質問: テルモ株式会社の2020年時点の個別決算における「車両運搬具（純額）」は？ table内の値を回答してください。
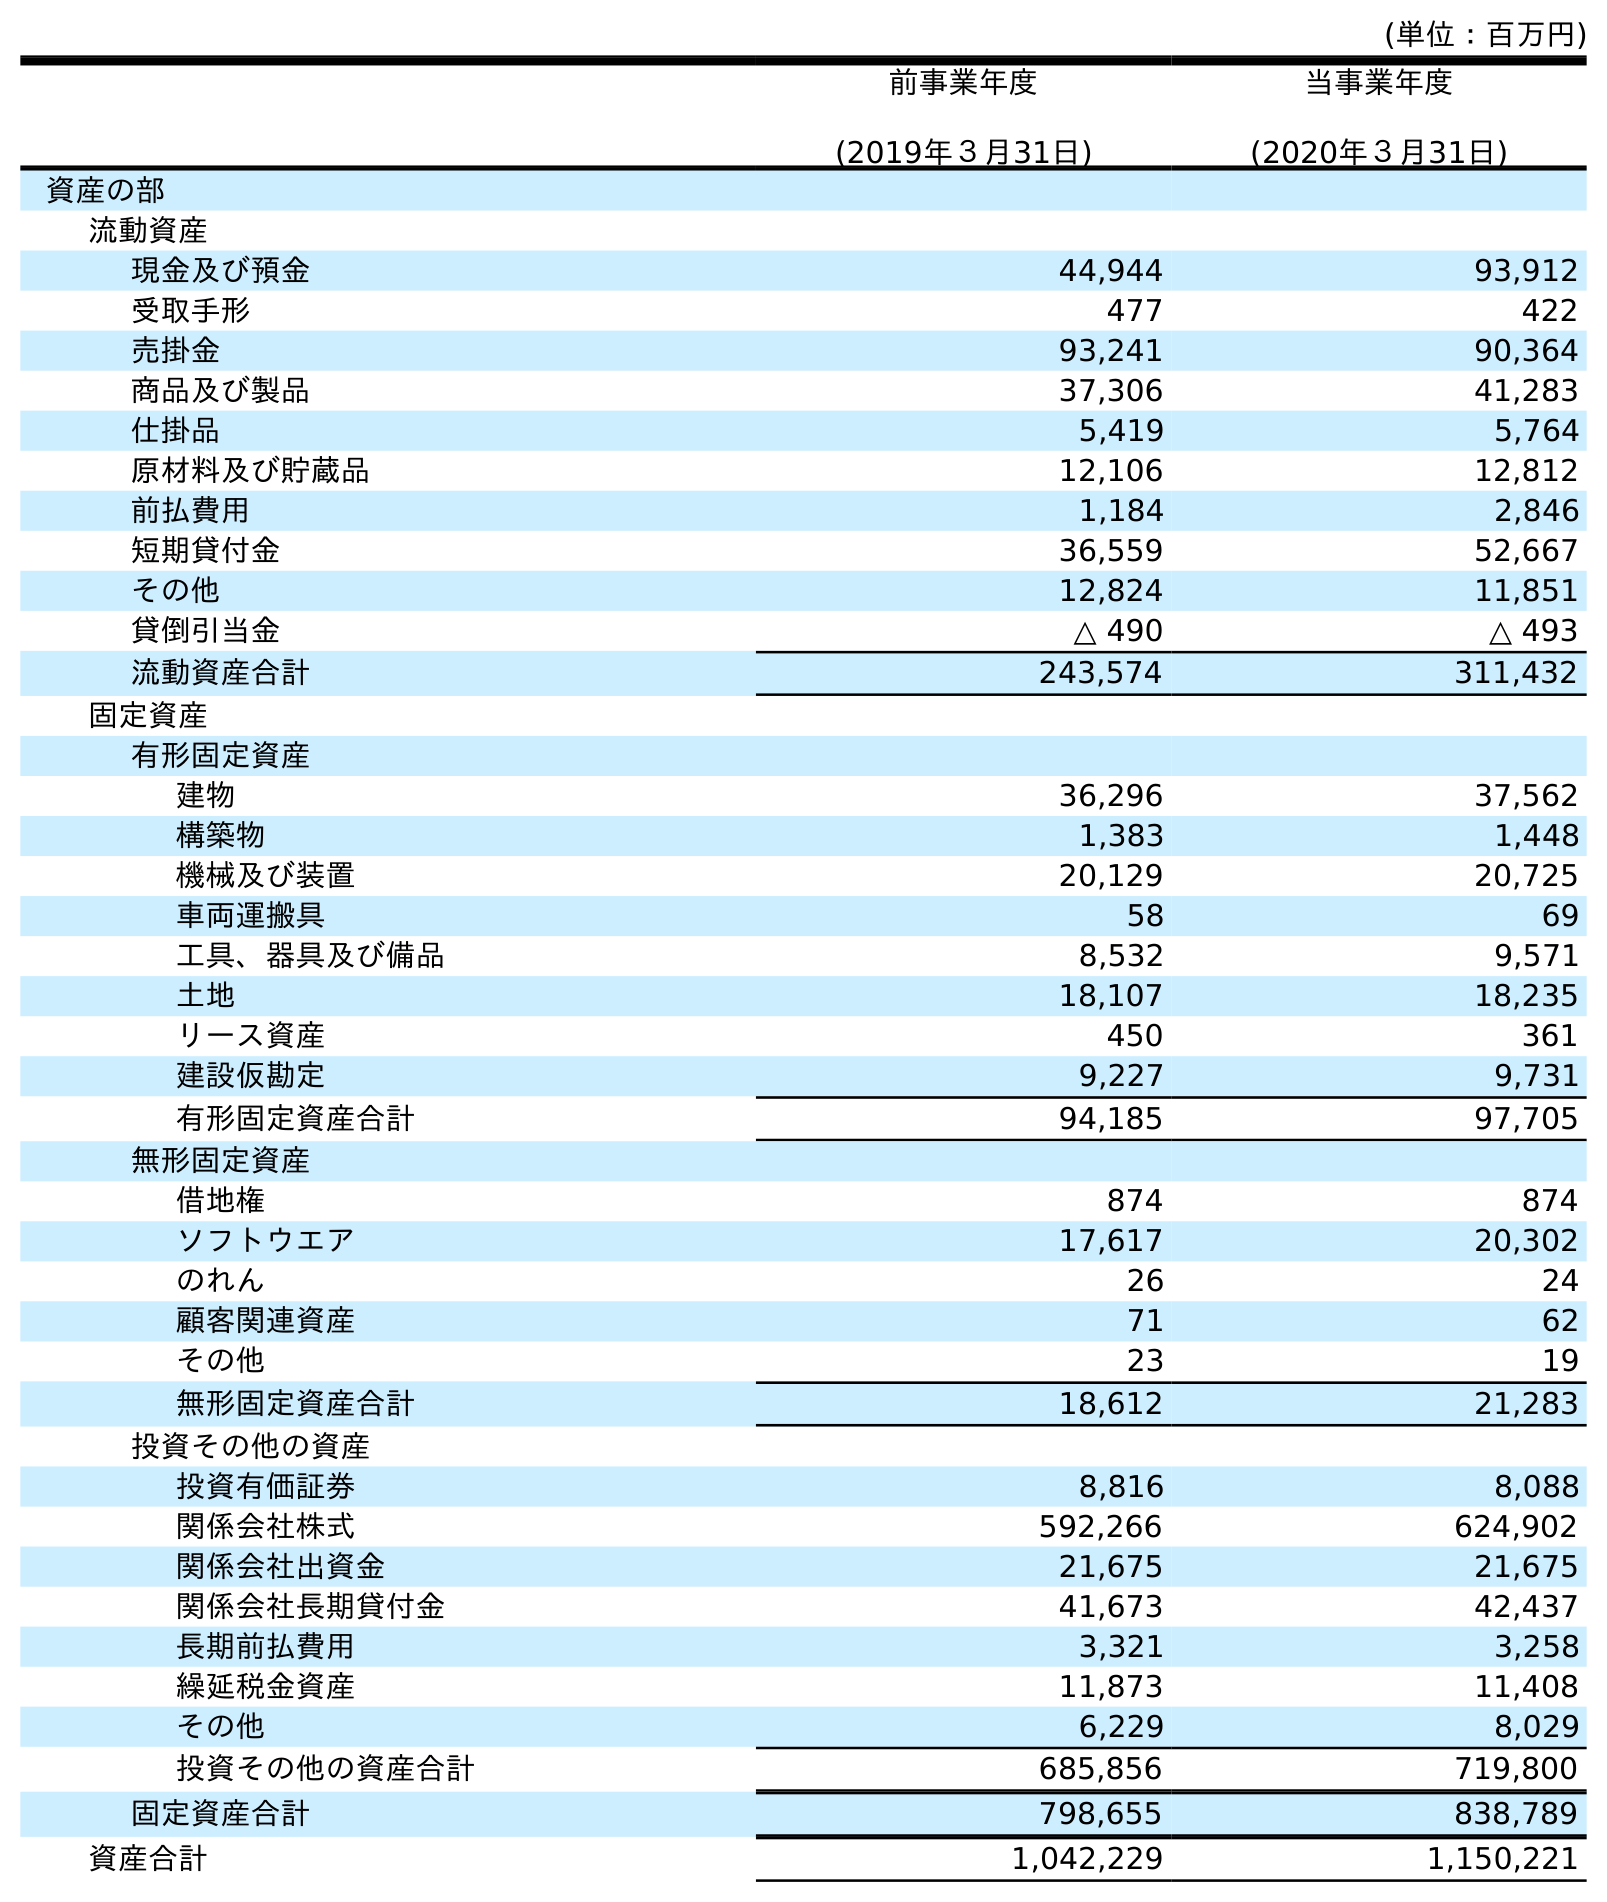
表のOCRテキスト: (単位：百万円) 前事業年度 (2019年３月31日) 当事業年度 (2020年３月31日) 資産の部 流動資産 現金及び預金 44,944 93,912 受取手形 477 422 売掛金 93,241 90,364 商品及び製品 37,306 41,283 仕掛品 5,419 5,764 原材料及び貯蔵品 12,106 12,812 前払費用 1,184 2,846 短期貸付金 36,559 52,667 その他 12,824 11,851 貸倒引当金 △ 490 △ 493 流動資産合計 243,574 311,432 固定資産 有形固定資産 建物 36,296 37,562 構築物 1,383 1,448 機械及び装置 20,129 20,725 車両運搬具 58 69 工具、器具及び備品 8,532 9,571 土地 18,107 18,235 リース資産 450 361 建設仮勘定 9,227 9,731 有形固定資産合計 94,185 97,705 無形固定資産 借地権 874 874 ソフトウエア 17,617 20,302 のれん 26 24 顧客関連資産 71 62 その他 23 19 無形固定資産合計 18,612 21,283 投資その他の資産 投資有価証券 8,816 8,088 関係会社株式 592,266 624,902 関係会社出資金 21,675 21,675 関係会社長期貸付金 41,673 42,437 長期前払費用 3,321 3,258 繰延税金資産 11,873 11,408 その他 6,229 8,029 投資その他の資産合計 685,856 719,800 固定資産合計 798,655 838,789 資産合計 1,042,229 1,150,221
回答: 69